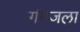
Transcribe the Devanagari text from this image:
गंगजला